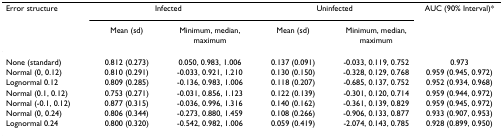
<table><thead><tr><td><b>Error structure</b></td><td colspan="2"><b>Infected</b></td><td colspan="2"><b>Uninfected</b></td><td><b>AUC (90% Interval)*</b></td></tr><tr><td></td><td><b>Mean (sd)</b></td><td><b>Minimum, median, maximum</b></td><td><b>Mean (sd)</b></td><td><b>Minimum, median, maximum</b></td><td></td></tr></thead><tbody><tr><td>None (standard)</td><td>0.812 (0.273)</td><td>0.050, 0.983, 1.006</td><td>0.137 (0.091)</td><td>-0.033, 0.119, 0.752</td><td>0.973</td></tr><tr><td>Normal (0, 0.12)</td><td>0.810 (0.291)</td><td>-0.033, 0.921, 1.210</td><td>0.130 (0.150)</td><td>-0.328, 0.129, 0.768</td><td>0.959 (0.945, 0.972)</td></tr><tr><td>Lognormal 0.12</td><td>0.809 (0.285)</td><td>-0.136, 0.983, 1.006</td><td>0.118 (0.207)</td><td>-0.685, 0.137, 0.752</td><td>0.952 (0.934, 0.968)</td></tr><tr><td>Normal (0.1, 0.12)</td><td>0.753 (0.271)</td><td>-0.031, 0.856, 1.123</td><td>0.122 (0.139)</td><td>-0.301, 0.120, 0.714</td><td>0.959 (0.944, 0.972)</td></tr><tr><td>Normal (-0.1, 0.12)</td><td>0.877 (0.315)</td><td>-0.036, 0.996, 1.316</td><td>0.140 (0.162)</td><td>-0.361, 0.139, 0.829</td><td>0.959 (0.945, 0.972)</td></tr><tr><td>Normal (0, 0.24)</td><td>0.806 (0.344)</td><td>-0.273, 0.880, 1.459</td><td>0.108 (0.266)</td><td>-0.906, 0.133, 0.877</td><td>0.933 (0.907, 0.953)</td></tr><tr><td>Lognormal 0.24</td><td>0.800 (0.320)</td><td>-0.542, 0.982, 1.006</td><td>0.059 (0.419)</td><td>-2.074, 0.143, 0.785</td><td>0.928 (0.899, 0.950)</td></tr></tbody></table>